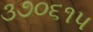
૩૭૦૬૧૫